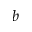
\boldsymbol { b }